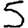
Digit: 5